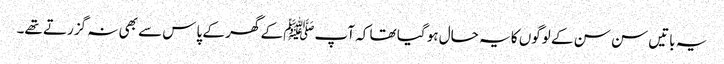
یہ باتیں سن سن کے لوگوں کا یہ حال ہو گیا تھا کہ آپﷺ کے گھر کے پاس سے بھی نہ گزرتے تھے۔